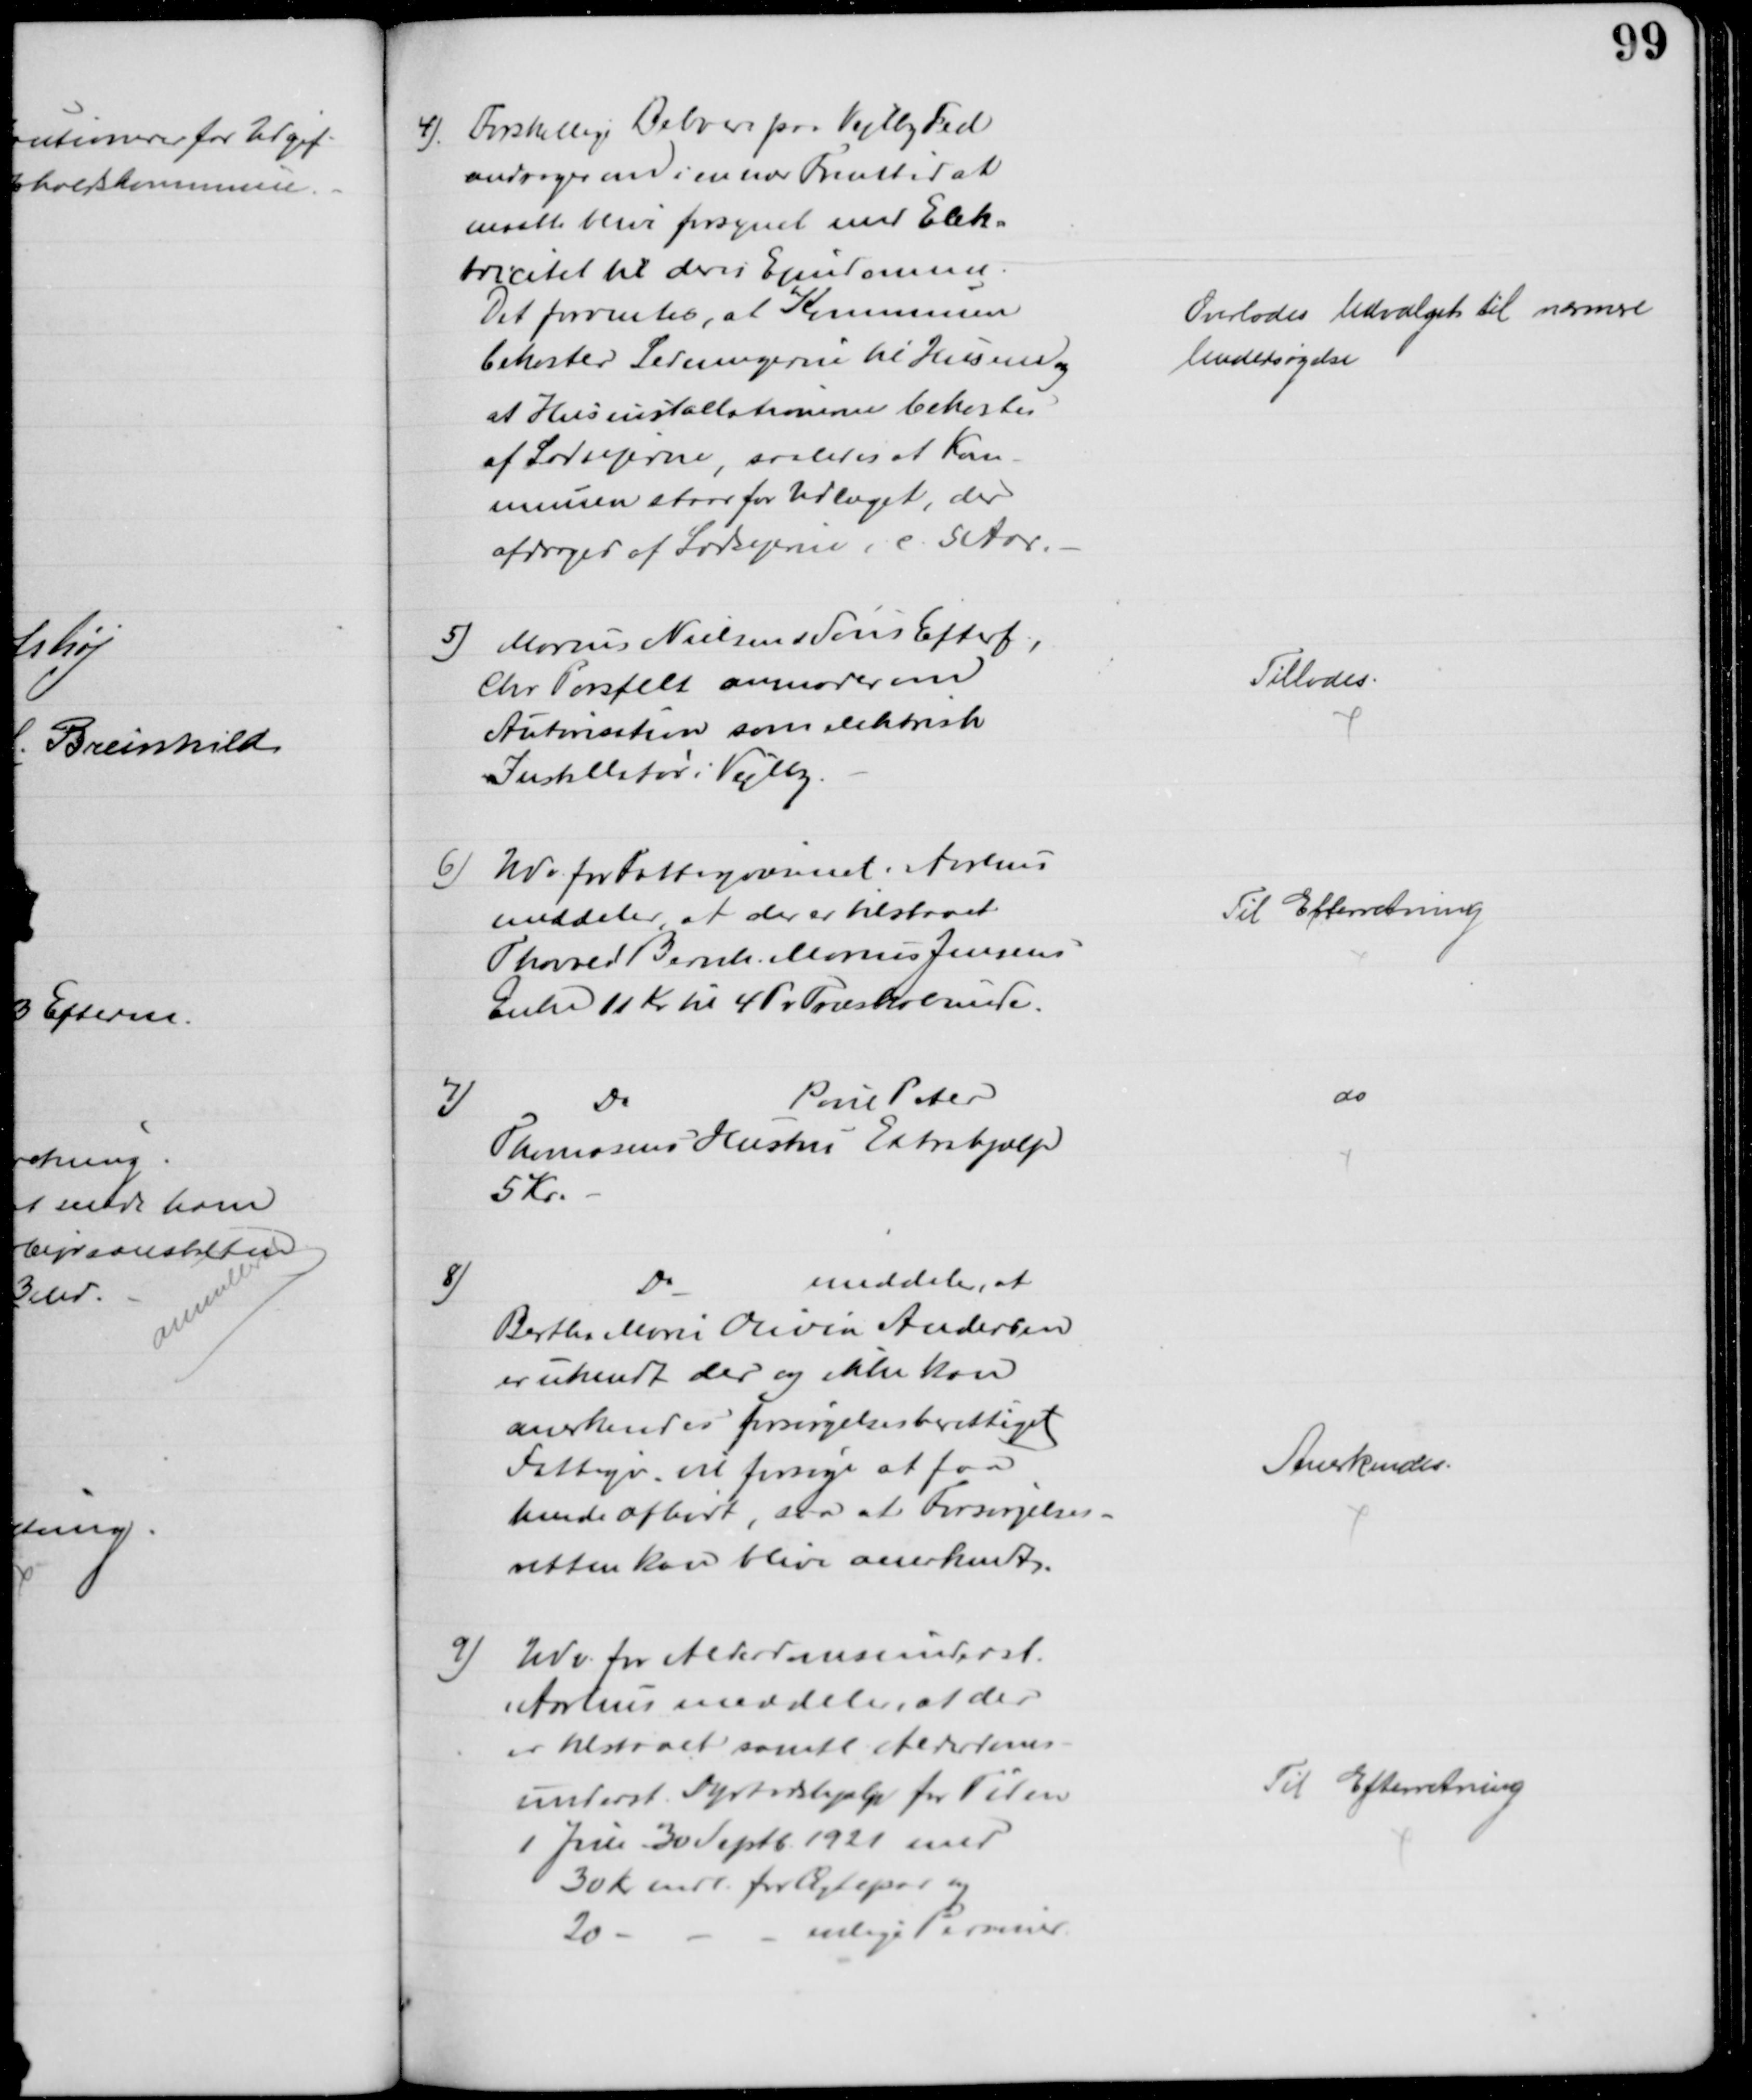
Transskription:
4) Forskellige Beboere paa Vejlby Fed
andrager om i en nær Fremtid at
maatte blive forsynet med Elek-
tricitet til deres Ejendomme.
Det forventes, at Kommunen
bekoster Ledningerne til Husene og
at Husinstallationerne bekostes
af Lodsejerne, saaledes at Kom-
munen staar for Udlæget, der
afdrages af Lodsejerne i c. 5 Aar.
Overlodes Udvalget til nærmere 
Undersøgelse
5) Marius Nielsen & Søns Efterf.,
Chr. Porsfelt anmoder om
Autorisation som elektrisk
Installatør i Vejlby.
Tillodes.
6) Udv. for Fattigvæsenet i Aarhus
meddeler, at der er tilstaaet
Thorvald Bernh. Marius Jensens
Enke 11 Kr til 4 Pr Træskobunde.
Til Efterretning
7)
Do
Poul Peter
Thomasens Hustru Extrahjælp
5 Kr.
do
8)
Do
meddele, at
Bertha Marie Olivia Andersen
er ukendt der og ikke kan
anerkendes forsørgelsesberettiget
Fattigv. vil forsøge at faa
hende afhørt, saa at Forsørgelses-
retten kan blive anerkendt.
Anerkendes.
9) Udv. for Alderdomsunderst.
i Aarhus meddeler, at der
er tilstaaet samtl. Alderdoms-
underst. Dyrtidshjælp for Tiden
1 Juli - 30 Septb. 1921 med
30 Kr mdl. for Ægtepar og
20
enlige Personer
Til Efterretning